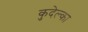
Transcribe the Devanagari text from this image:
कुदेल्का